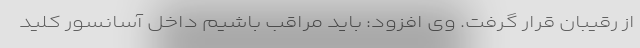
از رقیبان قرار گرفت. وی افزود: باید مراقب باشیم داخل آسانسور کلید